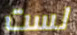
لست